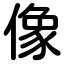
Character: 像